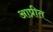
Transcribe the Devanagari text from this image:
आप्रीत